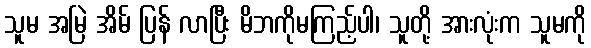
သူမ အမြဲ အိမ် ပြန် လာပြီး မိဘကိုမကြည့်ပါ၊ သူတို့ အားလုံးက သူမကို